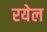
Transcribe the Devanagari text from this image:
रयेल